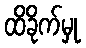
ထိခိုက်မှု